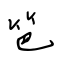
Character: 笆